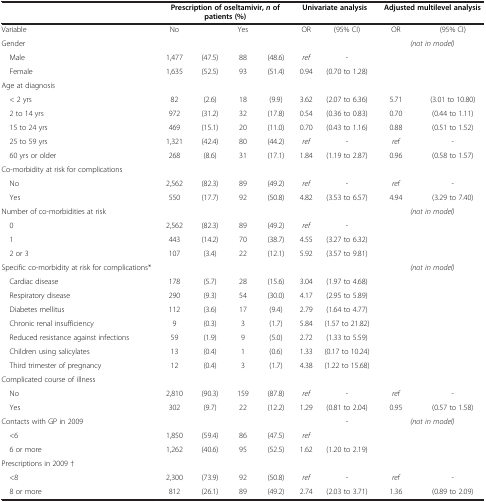
<table><thead><tr><td><b> </b></td><td colspan="4"><b>Prescription of oseltamivir, <i>n </i>of patients (%)</b></td><td colspan="2"><b>Univariate analysis</b></td><td colspan="2"><b>Adjusted multilevel analysis</b></td></tr></thead><tbody><tr><td>Variable</td><td>No</td><td> </td><td>Yes</td><td> </td><td>OR</td><td>(95% CI)</td><td>OR</td><td>(95% CI)</td></tr><tr><td>Gender</td><td> </td><td> </td><td> </td><td> </td><td> </td><td> </td><td colspan="2"><i>(not in model)</i></td></tr><tr><td> Male</td><td>1,477</td><td>(47.5)</td><td>88</td><td>(48.6)</td><td><i>ref</i></td><td>-</td><td> </td><td> </td></tr><tr><td> Female</td><td>1,635</td><td>(52.5)</td><td>93</td><td>(51.4)</td><td>0.94</td><td>(0.70 to 1.28)</td><td> </td><td> </td></tr><tr><td>Age at diagnosis</td><td> </td><td> </td><td> </td><td> </td><td> </td><td> </td><td> </td><td> </td></tr><tr><td> &lt; 2 yrs</td><td>82</td><td>(2.6)</td><td>18</td><td>(9.9)</td><td>3.62</td><td>(2.07 to 6.36)</td><td>5.71</td><td>(3.01 to 10.80)</td></tr><tr><td> 2 to 14 yrs</td><td>972</td><td>(31.2)</td><td>32</td><td>(17.8)</td><td>0.54</td><td>(0.36 to 0.83)</td><td>0.70</td><td>(0.44 to 1.11)</td></tr><tr><td> 15 to 24 yrs</td><td>469</td><td>(15.1)</td><td>20</td><td>(11.0)</td><td>0.70</td><td>(0.43 to 1.16)</td><td>0.88</td><td>(0.51 to 1.52)</td></tr><tr><td> 25 to 59 yrs</td><td>1,321</td><td>(42.4)</td><td>80</td><td>(44.2)</td><td><i>ref</i></td><td>-</td><td><i>ref</i></td><td>-</td></tr><tr><td> 60 yrs or older</td><td>268</td><td>(8.6)</td><td>31</td><td>(17.1)</td><td>1.84</td><td>(1.19 to 2.87)</td><td>0.96</td><td>(0.58 to 1.57)</td></tr><tr><td>Co-morbidity at risk for complications</td><td> </td><td> </td><td> </td><td> </td><td> </td><td> </td><td> </td><td> </td></tr><tr><td> No</td><td>2,562</td><td>(82.3)</td><td>89</td><td>(49.2)</td><td><i>ref</i></td><td>-</td><td><i>ref</i></td><td>-</td></tr><tr><td> Yes</td><td>550</td><td>(17.7)</td><td>92</td><td>(50.8)</td><td>4.82</td><td>(3.53 to 6.57)</td><td>4.94</td><td>(3.29 to 7.40)</td></tr><tr><td>Number of co-morbidities at risk</td><td> </td><td> </td><td> </td><td> </td><td> </td><td> </td><td rowspan="4" colspan="2"><i>(not in model)</i></td></tr><tr><td> 0</td><td>2,562</td><td>(82.3)</td><td>89</td><td>(49.2)</td><td><i>ref</i></td><td>-</td></tr><tr><td> 1</td><td>443</td><td>(14.2)</td><td>70</td><td>(38.7)</td><td>4.55</td><td>(3.27 to 6.32)</td></tr><tr><td> 2 or 3</td><td>107</td><td>(3.4)</td><td>22</td><td>(12.1)</td><td>5.92</td><td>(3.57 to 9.81)</td></tr><tr><td>Specific co-morbidity at risk for complications*</td><td> </td><td> </td><td> </td><td> </td><td> </td><td> </td><td rowspan="8" colspan="2"><i>(not in model)</i></td></tr><tr><td> Cardiac disease</td><td>178</td><td>(5.7)</td><td>28</td><td>(15.6)</td><td>3.04</td><td>(1.97 to 4.68)</td></tr><tr><td> Respiratory disease</td><td>290</td><td>(9.3)</td><td>54</td><td>(30.0)</td><td>4.17</td><td>(2.95 to 5.89)</td></tr><tr><td> Diabetes mellitus</td><td>112</td><td>(3.6)</td><td>17</td><td>(9.4)</td><td>2.79</td><td>(1.64 to 4.77)</td></tr><tr><td> Chronic renal insufficiency</td><td>9</td><td>(0.3)</td><td>3</td><td>(1.7)</td><td>5.84</td><td>(1.57 to 21.82)</td></tr><tr><td> Reduced resistance against infections</td><td>59</td><td>(1.9)</td><td>9</td><td>(5.0)</td><td>2.72</td><td>(1.33 to 5.59)</td></tr><tr><td> Children using salicylates</td><td>13</td><td>(0.4)</td><td>1</td><td>(0.6)</td><td>1.33</td><td>(0.17 to 10.24)</td></tr><tr><td> Third trimester of pregnancy</td><td>12</td><td>(0.4)</td><td>3</td><td>(1.7)</td><td>4.38</td><td>(1.22 to 15.68)</td></tr><tr><td>Complicated course of illness</td><td> </td><td> </td><td> </td><td> </td><td> </td><td> </td><td> </td><td> </td></tr><tr><td> No</td><td>2,810</td><td>(90.3)</td><td>159</td><td>(87.8)</td><td><i>ref</i></td><td>-</td><td><i>ref</i></td><td>-</td></tr><tr><td> Yes</td><td>302</td><td>(9.7)</td><td>22</td><td>(12.2)</td><td>1.29</td><td>(0.81 to 2.04)</td><td>0.95</td><td>(0.57 to 1.58)</td></tr><tr><td>Contacts with GP in 2009</td><td> </td><td> </td><td> </td><td> </td><td> </td><td>-</td><td rowspan="3" colspan="2"><i>(not in model)</i></td></tr><tr><td> &lt;6</td><td>1,850</td><td>(59.4)</td><td>86</td><td>(47.5)</td><td><i>ref</i></td><td> </td></tr><tr><td> 6 or more</td><td>1,262</td><td>(40.6)</td><td>95</td><td>(52.5)</td><td>1.62</td><td>(1.20 to 2.19)</td></tr><tr><td>Prescriptions in 2009 †</td><td> </td><td> </td><td> </td><td> </td><td> </td><td> </td><td> </td><td> </td></tr><tr><td> &lt;8</td><td>2,300</td><td>(73.9)</td><td>92</td><td>(50.8)</td><td><i>ref</i></td><td>-</td><td><i>ref</i></td><td>-</td></tr><tr><td> 8 or more</td><td>812</td><td>(26.1)</td><td>89</td><td>(49.2)</td><td>2.74</td><td>(2.03 to 3.71)</td><td>1.36</td><td>(0.89 to 2.09)</td></tr></tbody></table>